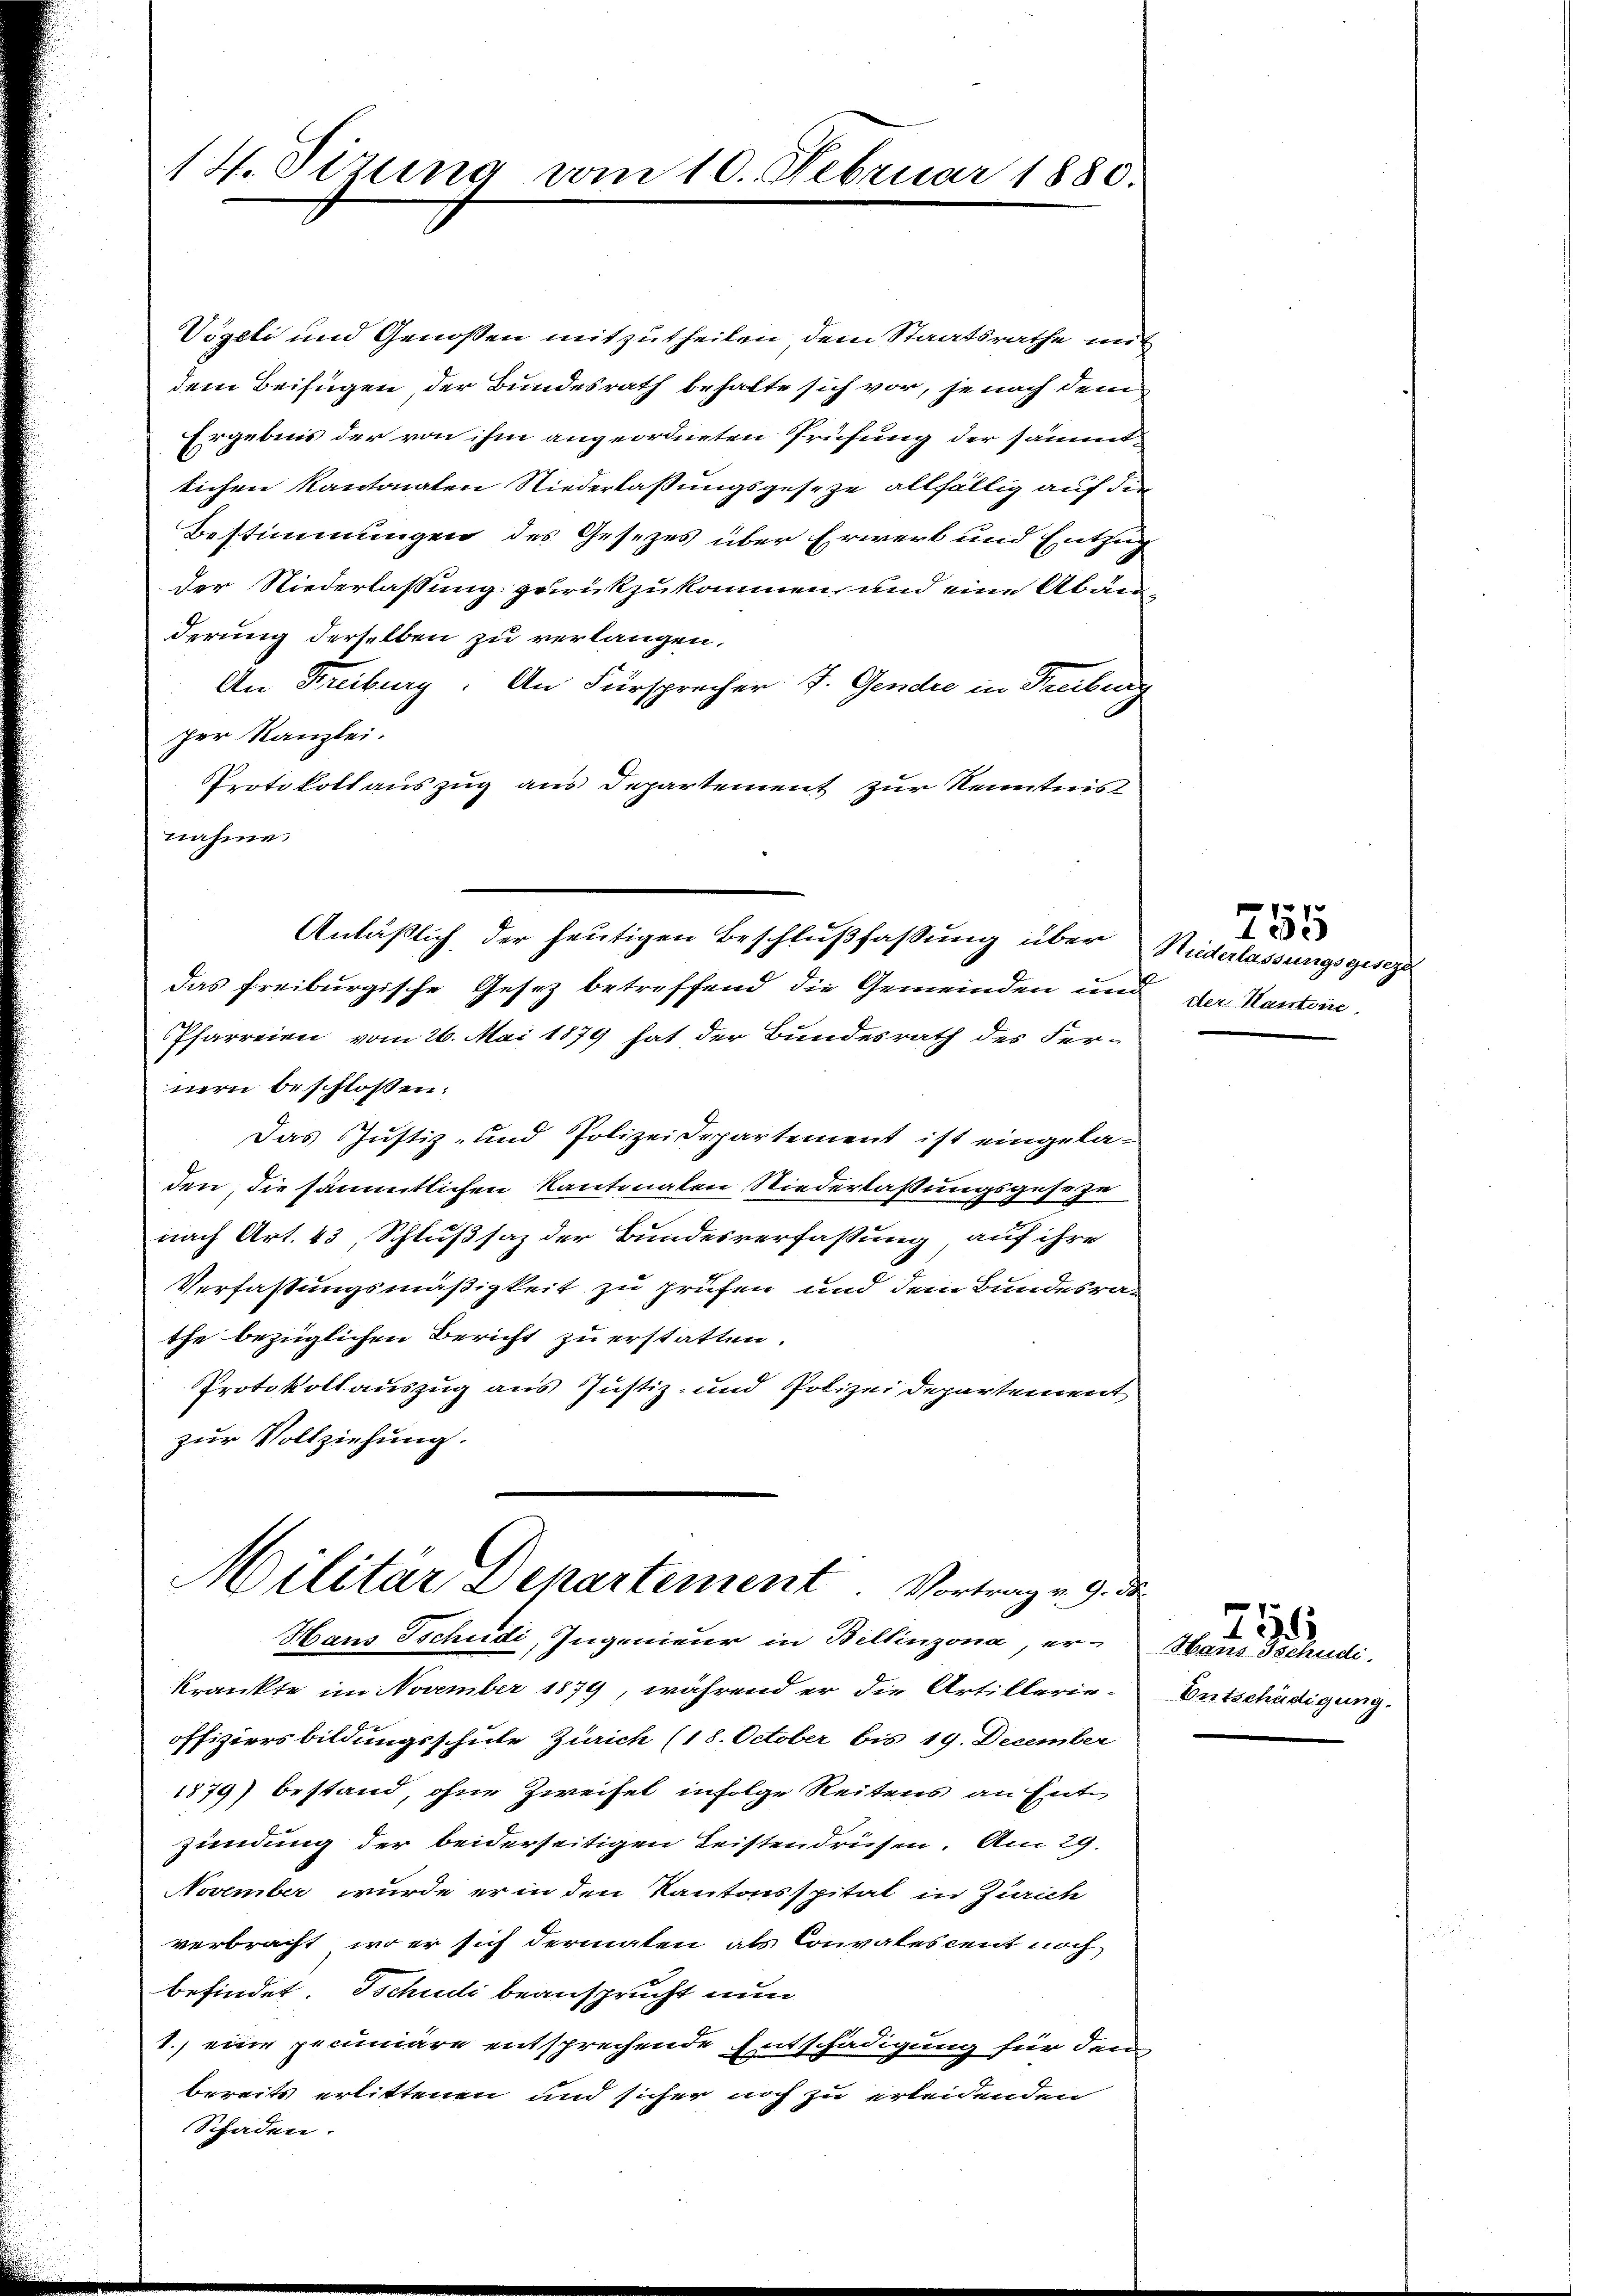
14. Sizung vom 10. Februar 1880.

Vögeli und Genossen mitzutheilen dem Staatsrathe mit
dem Beifügen, der Bundesrath behalte sich vor, je nach dem
Ergebnis der von ihm angeordneten Prüfung der sämmtlichen Kantonalen Niederlassungsgeseze allfällig auf die
Bestimmungen des Gesezes über Erwert und Entzug
der Niederlassung zurückzukommen, und eine Abänderung derselben zu verlangen.
An Freiburg. An Fürsprecher J. Gendre in Freiburg
per Kanzlei.
PProtokollauszug aus Departement zur Kenntnis
nahme.
das Freiburgische Gesez betreffend die Gemeinden und der Kantone
Pfarreien vom 26. Mai 1879 hat der Bundesrath des Fer-
nern beschlossen:
Das Justiz- und Polizeidepartement ist eingela-
den, die sämmtlichen Kantonalen Niederlaßungsgeseze
nach Art. 43, Schlußsaz der Bundesverfassung, auf ihre
Verfassungsmäßigkeit zu prüfen und dem Bundesrathe bezüglichen Bericht zu erstatten.
Protokollauszug aus Justiz- und Polizeidepartement
zur Vollziehung.
Militär Departement Vortrag v. 9. de
Haus Tschudi, Ingenieur in Billinzona, er-
krankte im November 1879, während er die Artillerie-
offiziersbildungsschule Zürich (18. October bis 19. December
1879) bestand, ohne Zweifel infolge Reitens an Entzündung der beiderseitigen Leistendrüsen. Am 29.
November wurde er in den Kantonsspital in Zürich
verbracht, wo er sich dermaten als Convales cent noch
befindet schudi beansprucht nun
1.) eine priuniäre entsprechende Entschädigung für den
bereits erlittenen und sicher noch zu erleidenden
Schaden.

Anläßlich, der heutigen Beschlußfassung über Niderlassungsgesezt

755

Hans Tschudi.
Entschädigung.

755